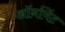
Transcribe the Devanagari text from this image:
ऑर्नामेंट